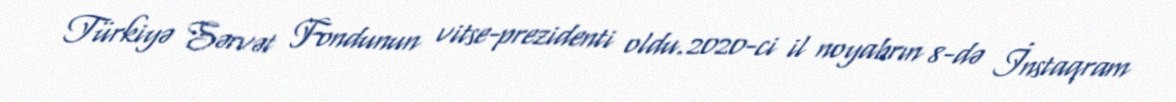
Türkiyə Sərvət Fondunun vitse-prezidenti oldu.2020-ci il noyabrın 8-də İnstaqram